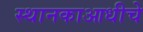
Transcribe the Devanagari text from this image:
स्थानकाआधीचे